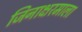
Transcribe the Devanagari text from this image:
जिनाक्षरमाला